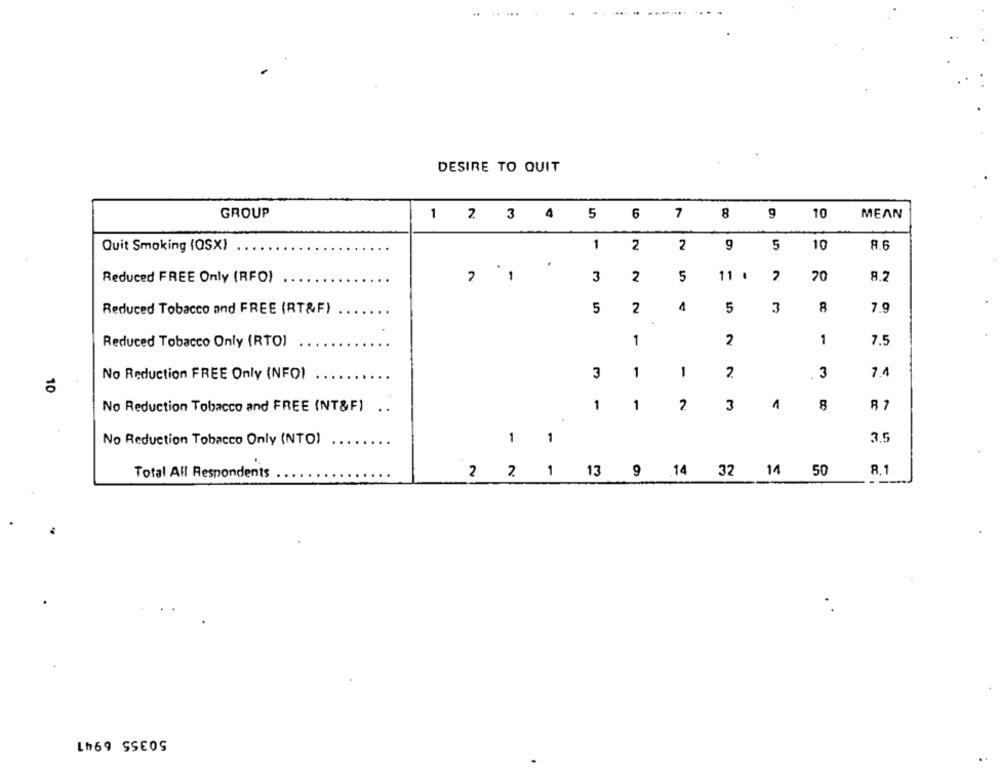
.. .
DESIRE TO QUIT
GROUP
1 2 3 4 5 6
7
8
9
10
MEAN
Quit Smoking (OSX)
1
2
2
9
5
10
8.6
Reduced FREE Only (RFO)
? 1
3
2
5
11 .
N
70
8.2
Reduced Tobacco and FREE (RT&F)
5
2
4
5
3
8
7.9
1
2
1
Reduced Tobacco Only (RTO)
7.5
1
No Reduction FREE Only (NFO)
3
1
3
7.4
10
No Reduction Tobacco and FREE (NT&F)
1
1
2
3
1
8
87
No Reduction Tobacco Only (NTO)
1
1
3.5
2 2 1 13 9 .14 32
8.1
Total All Respondents
14 50
Lh69 SSEOS